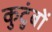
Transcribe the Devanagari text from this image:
कुटुंबों